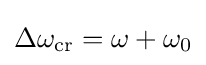
\Delta \omega _{\mathrm {cr} }=\omega +\omega _{0}